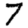
Digit: 7